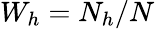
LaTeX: W_{h}=N_{h}/N